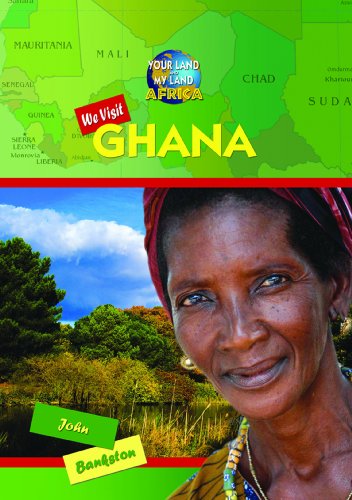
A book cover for We Visit Ghana (Your Land and My Land: Africa); John Bankston; Children's Books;